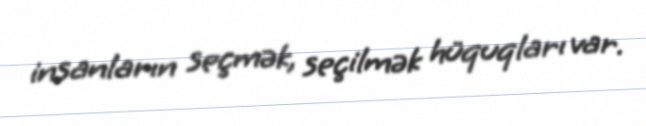
insanların seçmək, seçilmək hüquqları var.